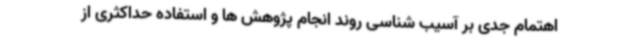
اهتمام جدی بر آسیب شناسی روند انجام پژوهش ها و استفاده حداکثری از